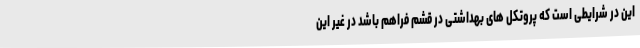
این در شرایطی است که پروتکل های بهداشتی در قشم فراهم باشد در غیر این